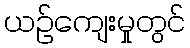
ယဉ်ကျေးမှုတွင်